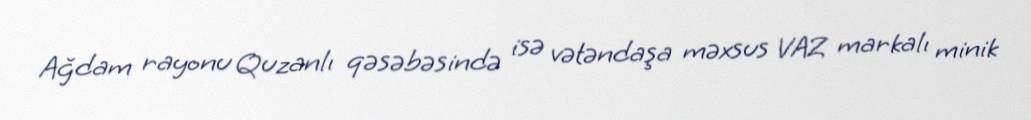
Ağdam rayonu Quzanlı qəsəbəsində isə vətəndaşa məxsus VAZ markalı minik